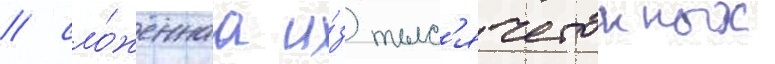
/ сло́женнаа и́з тыс'ячетонных